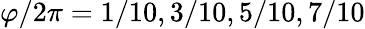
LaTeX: \varphi/2\pi=1/10,3/10,5/10,7/10